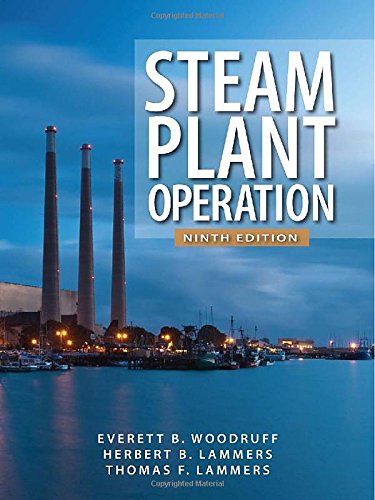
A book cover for Steam Plant Operation 9th Edition; Everett Woodruff; Engineering & Transportation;